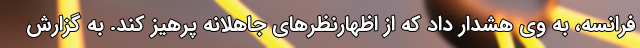
فرانسه، به وی هشدار داد که از اظهارنظرهای جاهلانه پرهیز کند. به گزارش